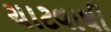
ચાટવાથી